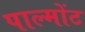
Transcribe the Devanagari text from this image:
पाल्मोंट